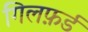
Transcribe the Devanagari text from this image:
गिलफ़र्ड